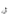
أن